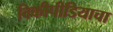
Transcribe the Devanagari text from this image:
विकीपीडियाचा